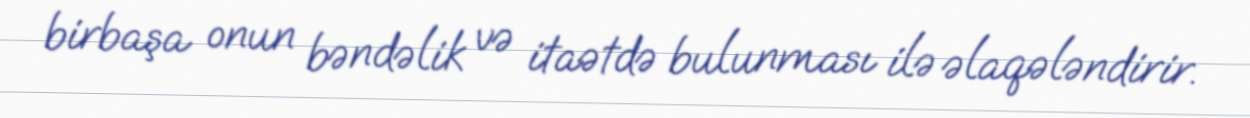
birbaşa onun bəndəlik və itaətdə bulunması ilə əlaqələndirir.